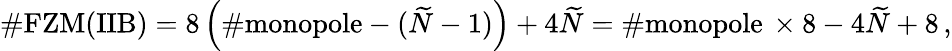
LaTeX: \# \mathrm{FZM(IIB)}=8\left(\# \mathrm{monopole}-(\widetilde{N}-1)\right)+4\widetilde{N}=\# \mathrm{monopole}\, \times 8-4\widetilde{N}+8\, ,